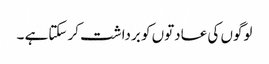
لوگوں کی عادتوں کو برداشت کر سکتاہے ۔